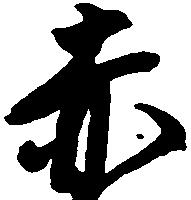
赤